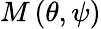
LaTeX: M\left(\theta,\psi\right)